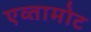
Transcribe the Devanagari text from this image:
एव्तामोट